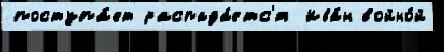
поступа́ет распада́етс'я Ива́н войно́й